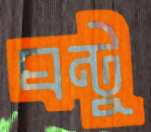
ঘন্টু